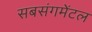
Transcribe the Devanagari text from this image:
सबसंगमेंटल